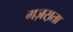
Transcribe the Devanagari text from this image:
गज़स़ता